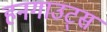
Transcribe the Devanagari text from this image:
हनगाउट्स